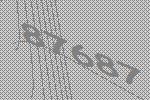
87687